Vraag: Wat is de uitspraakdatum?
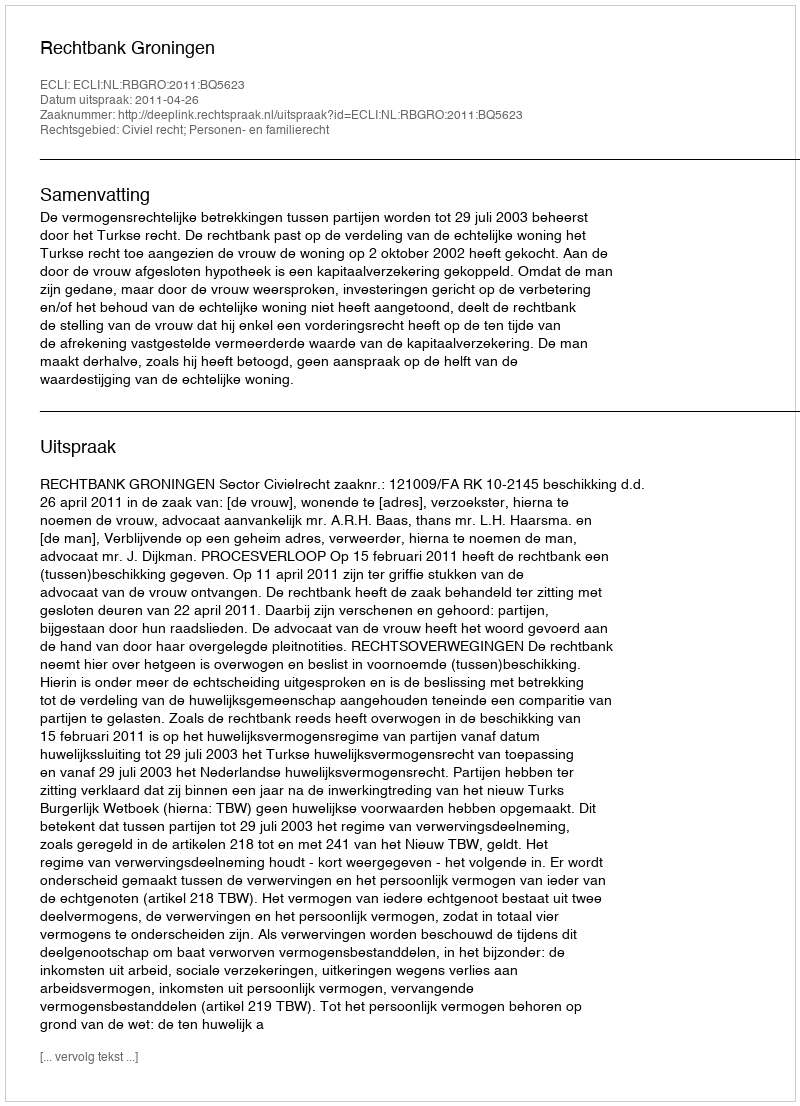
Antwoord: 2011-04-26